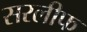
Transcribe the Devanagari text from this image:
सरलीफ